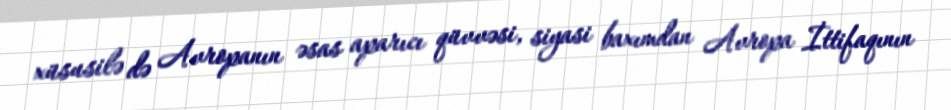
xüsusilə də Avropanın əsas aparıcı qüvvəsi, siyasi baxımdan Avropa İttifaqının